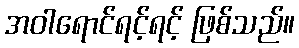
အဝါရောင်ရင့်ရင့် ဖြစ်သည်။